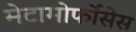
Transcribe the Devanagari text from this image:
मेटामोर्फोसेस